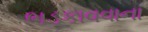
ભડકાવવાના